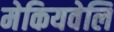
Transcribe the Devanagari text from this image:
मेकियवेलि